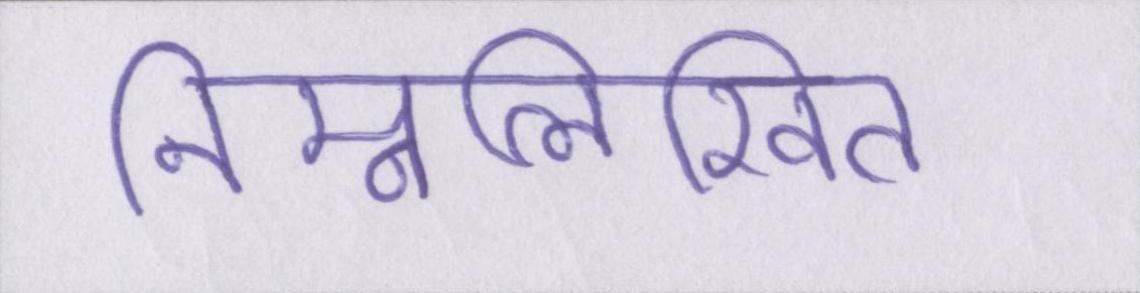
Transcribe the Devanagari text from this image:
निम्नलिखित